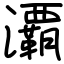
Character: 㶚